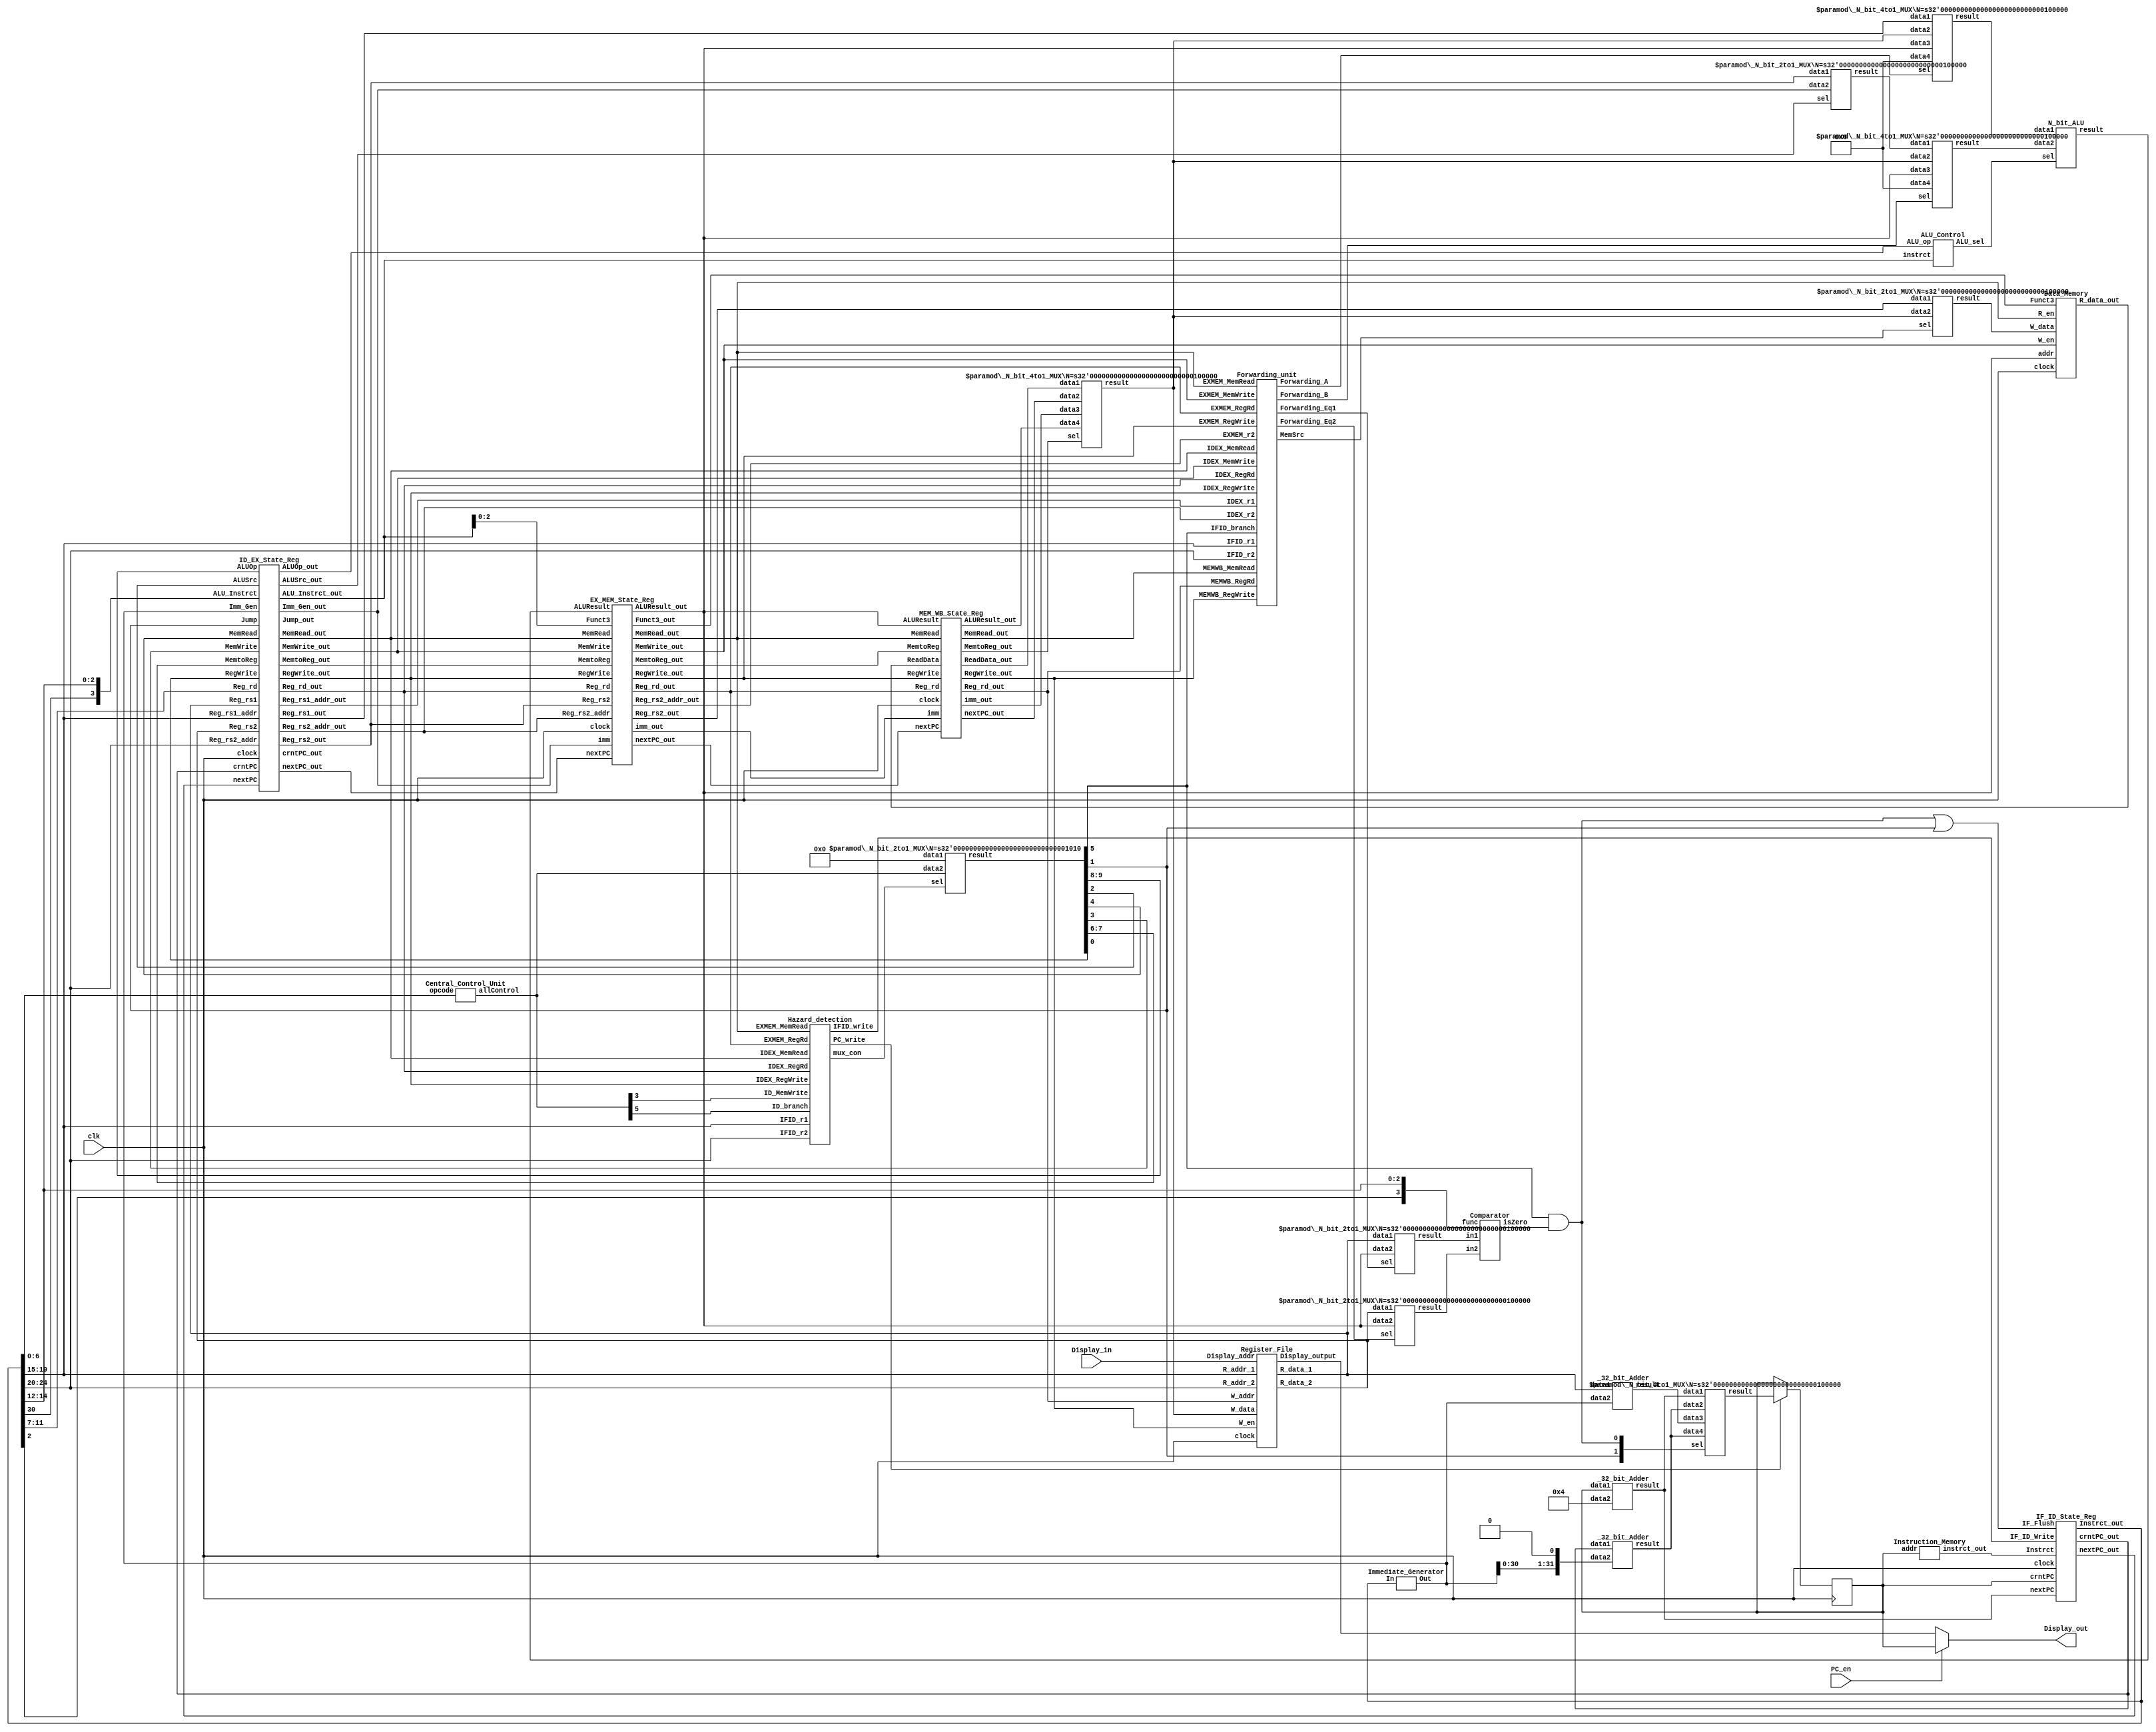
`timescale 1ns / 1ps
//////////////////////////////////////////////////////////////////////////////////
// Company: UMJI
// 
// Design Name: CPU
// Module Name: Pipeline_Plus
// Project Name: Lab05 Pipeline Processor (Hazard Resolved)
// Target Devices: FPGA Basys3
// Tool Versions: 
// Description: 
// 
// Dependencies: 
// 
// Revision:
// Revision 0.01 - File Created
// Additional Comments:
// 
//////////////////////////////////////////////////////////////////////////////////

module Pipeline_Plus(
    input                    clk, PC_en,
    input       [4:0]        Display_in,
    output reg  [31:0]       Display_out
);

    wire        [31:0]          Instrct, Imm, Imm_shift, data_1, data_2, MUX_ALU, loadPC, W_data, Add_1, Add_2, Add_3;
    wire        [31:0]          ALUResult, Read_Mem, JumpTo, ALUInput1, ALUInput2;
    wire        [31:0]          IF_ID_nextPC, IF_ID_crntPC, IF_ID_Instrct, Display_RF;
    wire        [31:0]          ID_EX_nextPC, ID_EX_crntPC, ID_EX_data_1, ID_EX_data_2, ID_EX_Imm, EX_MEM_Imm, MEM_WB_Imm;
    wire        [31:0]          EX_MEM_nextPC, EX_MEM_JumpTo, EX_MEM_ALUResult, EX_MEM_data_2, mem_write_content;
    wire        [31:0]          MEM_WB_nextPC, MEM_WB_Read_Mem, MEM_WB_ALUResult;
    wire        [31:0]          mux2_out, mux3_out; //NewBug_18
    wire        [4:0]           ID_EX_Reg_rd, ID_EX_Rs1_Addr, ID_EX_Rs2_Addr, EX_MEM_Rs2_Addr, EX_MEM_Reg_rd, MEM_WB_Reg_rd;
    wire        [3:0]           ALUControl, ID_EX_ALUInstrct;
    wire        [2:0]           EX_MEM_Funct3;
    wire        [1:0]           ALUOp, MemtoReg, ID_EX_ALUOp, ID_EX_MemtoReg, EX_MEM_MemtoReg, MEM_WB_MemtoReg;
    wire                        Branch, isBranch, MemRead, MemWrite, ALUSrc, isJump, RegWrite, isZero;
    wire                        IF_Flush, ID_EX_MemRead, ID_EX_MemWrite, ID_EX_ALUSrc, ID_EX_isJump, ID_EX_RegWrite;
    wire                        EX_MEM_Branch, EX_MEM_MemRead, EX_MEM_MemWrite, EX_MEM_RegWrite, MEM_WB_RegWrite, MEM_WB_MemRead;
    wire                        PC_write, IFID_write, mux_con, Forward_MemSrc; 
    wire        [1:0]           ForwardA, ForwardB; //Bug_03
    wire                        Forward_Eq1, Forward_Eq2;
    wire        [9:0]           allControlIn, allControlOut;
    reg         [31:0]          PC;
    
    initial PC = 0;   
      
    assign Imm_shift = {Imm[30:0],1'b0}; //NewBug_22
//  allControl = {ALUOp, MemtoReg, Branch, MemRead, MemWrite, ALUSrc, Jump, RegWrite}
    assign RegWrite = allControlOut[0];
    assign isJump   = allControlOut[1]; //Bug_11
    assign ALUSrc   = allControlOut[2];
    assign MemWrite = allControlOut[3];
    assign MemRead  = allControlOut[4];
    assign Branch   = allControlOut[5];
    assign MemtoReg = allControlOut[7:6];
    assign ALUOp    = allControlOut[9:8];
    
    always @ (posedge clk) 
        if (PC_write == 1'b1) PC <= loadPC;
        
    always @ (*) 
        if (PC_en == 1'b1) Display_out <= PC;
        else Display_out <= Display_RF;
    
    
    Hazard_detection HD (
        .IFID_r1 (IF_ID_Instrct[19:15]),
        .IFID_r2 (IF_ID_Instrct[24:20]),
//      .IDEX_r2 (ID_EX_Rs2_Addr), //NewBug_10
        .IDEX_RegRd (ID_EX_Reg_rd),
        .EXMEM_RegRd (EX_MEM_Reg_rd),
        .IDEX_MemRead (ID_EX_MemRead),
        .EXMEM_MemRead (EX_MEM_MemRead),
        .ID_branch (allControlIn[5]), //NewBug_17
        .ID_MemWrite (allControlIn[3]), //NewBug_17
        .IDEX_RegWrite (ID_EX_RegWrite), //NewBug_17
        .PC_write (PC_write),
        .IFID_write (IFID_write),
        .mux_con (mux_con)
    );
    
    Forwarding_unit FU (
        .IDEX_r1 (ID_EX_Rs1_Addr),
        .IDEX_r2 (ID_EX_Rs2_Addr),
        .IFID_r1 (IF_ID_Instrct[19:15]),
        .IFID_r2 (IF_ID_Instrct[24:20]),
        .EXMEM_r2 (EX_MEM_Rs2_Addr),
        .MEMWB_RegRd (MEM_WB_Reg_rd),
        .EXMEM_RegRd (EX_MEM_Reg_rd),
        .IDEX_RegRd (ID_EX_Reg_rd),
        .MEMWB_RegWrite (MEM_WB_RegWrite),
        .EXMEM_RegWrite (EX_MEM_RegWrite),
        .EXMEM_MemWrite (EX_MEM_MemWrite),
        .MEMWB_MemRead (MEM_WB_MemRead),
        .EXMEM_MemRead (EX_MEM_MemRead),
        .IDEX_MemRead (ID_EX_MemRead),
        .IDEX_MemWrite (ID_EX_MemWrite),
        .IDEX_RegWrite (ID_EX_RegWrite),
        .IFID_branch (Branch),
        .Forwarding_A (ForwardA),
        .Forwarding_B (ForwardB),
        .Forwarding_Eq1 (Forward_Eq1),
        .Forwarding_Eq2 (Forward_Eq2),
        .MemSrc (Forward_MemSrc)
    );
    
    Instruction_Memory IM (
        .instrct_out (Instrct),
        .addr (PC)
    );
    Central_Control_Unit CU (
        .opcode (IF_ID_Instrct[6:0]),
        .allControl (allControlIn)
    );
    Register_File RF (
        .clock (clk),
        .W_en (MEM_WB_RegWrite),
        .W_data (W_data),
        .R_addr_1 (IF_ID_Instrct[19:15]),
        .R_addr_2 (IF_ID_Instrct[24:20]),
        .Display_addr (Display_in),
        .W_addr (MEM_WB_Reg_rd),
        .R_data_1 (data_1),
        .R_data_2 (data_2),
        .Display_output (Display_RF)
    );
    Comparator cmp (
        .func ({IF_ID_Instrct[2], IF_ID_Instrct[14:12]}),
        .in1 (mux2_out),
        .in2 (mux3_out),
        .isZero (isZero)
    );
    Immediate_Generator ImmGen (
        .In (IF_ID_Instrct),
        .Out (Imm)
    );
    N_bit_ALU ALU (     
        .data1 (ALUInput1),
        .data2 (ALUInput2),
        .sel (ALUControl),
        .result (ALUResult)
    ); 
    ALU_Control ALU_Ctrl (
        .ALU_op (ID_EX_ALUOp),
        .instrct (ID_EX_ALUInstrct),
        .ALU_sel (ALUControl)
    );
    Data_Memory DM (
        .clock (clk),
        .W_en (EX_MEM_MemWrite),
        .R_en (EX_MEM_MemRead),
        .Funct3 (EX_MEM_Funct3),
        .addr (EX_MEM_ALUResult),
        .W_data (mem_write_content), //NewBug_15
        .R_data_out (Read_Mem)        
    );
    
    IF_ID_State_Reg IF_ID (
        .clock (clk),
        .IF_Flush (IF_Flush),
        .IF_ID_Write (IFID_write),
        .crntPC (PC),
        .nextPC (Add_1),
        .Instrct (Instrct),
        .crntPC_out (IF_ID_crntPC),
        .nextPC_out (IF_ID_nextPC),
        .Instrct_out (IF_ID_Instrct)
    );
    ID_EX_State_Reg ID_EX (
        .clock (clk),
        .RegWrite (RegWrite),
        .MemtoReg (MemtoReg),
        .MemRead (MemRead),
        .MemWrite (MemWrite),
        .Jump (isJump),
        .ALUSrc (ALUSrc),
        .ALUOp (ALUOp),
        .crntPC (IF_ID_crntPC),
        .nextPC (IF_ID_nextPC),
        .Reg_rs1 (data_1),
        .Reg_rs2 (data_2),
        .Reg_rs1_addr (IF_ID_Instrct[19:15]),
        .Reg_rs2_addr (IF_ID_Instrct[24:20]),
        .Imm_Gen (Imm),
        .Reg_rd (IF_ID_Instrct[11:7]),
        .ALU_Instrct ({IF_ID_Instrct[30],IF_ID_Instrct[14:12]}),
        .RegWrite_out (ID_EX_RegWrite),
        .MemtoReg_out (ID_EX_MemtoReg),
        .MemRead_out (ID_EX_MemRead),
        .MemWrite_out (ID_EX_MemWrite),
        .Jump_out (ID_EX_isJump),
        .ALUSrc_out (ID_EX_ALUSrc),
        .ALUOp_out (ID_EX_ALUOp),
        .crntPC_out (ID_EX_crntPC),
        .nextPC_out (ID_EX_nextPC),
        .Reg_rs1_out (ID_EX_data_1),
        .Reg_rs2_out (ID_EX_data_2),
        .Reg_rs1_addr_out (ID_EX_Rs1_Addr),
        .Reg_rs2_addr_out (ID_EX_Rs2_Addr),
        .Imm_Gen_out (ID_EX_Imm),
        .Reg_rd_out (ID_EX_Reg_rd),
        .ALU_Instrct_out (ID_EX_ALUInstrct)
    );
    EX_MEM_State_Reg EX_MEM (
        .clock (clk),
        .RegWrite (ID_EX_RegWrite),
        .MemtoReg (ID_EX_MemtoReg),
        .MemRead (ID_EX_MemRead),
        .MemWrite (ID_EX_MemWrite),
        .imm (ID_EX_Imm),
        .nextPC (ID_EX_nextPC),
        .ALUResult (ALUResult),
        .Reg_rs2 (ID_EX_data_2),
        .Funct3 (ID_EX_ALUInstrct[2:0]),
        .Reg_rd (ID_EX_Reg_rd),
        .Reg_rs2_addr (ID_EX_Rs2_Addr),
        .RegWrite_out (EX_MEM_RegWrite),
        .MemtoReg_out (EX_MEM_MemtoReg),
        .MemRead_out (EX_MEM_MemRead),
        .MemWrite_out (EX_MEM_MemWrite),
        .imm_out (EX_MEM_Imm),
        .nextPC_out (EX_MEM_nextPC),
        .ALUResult_out (EX_MEM_ALUResult),
        .Reg_rs2_out (EX_MEM_data_2),
        .Funct3_out (EX_MEM_Funct3),
        .Reg_rd_out (EX_MEM_Reg_rd),
        .Reg_rs2_addr_out (EX_MEM_Rs2_Addr)
    );
    MEM_WB_State_Reg MEM_WB (
        .clock (clk),
        .MemRead (EX_MEM_MemRead),
        .RegWrite (EX_MEM_RegWrite),
        .MemtoReg (EX_MEM_MemtoReg),
        .imm (EX_MEM_Imm),
        .nextPC (EX_MEM_nextPC),
        .ReadData (Read_Mem),
        .ALUResult (EX_MEM_ALUResult),
        .Reg_rd (EX_MEM_Reg_rd),
        .MemRead_out (MEM_WB_MemRead),
        .RegWrite_out (MEM_WB_RegWrite),
        .MemtoReg_out (MEM_WB_MemtoReg),
        .imm_out (MEM_WB_Imm),
        .nextPC_out (MEM_WB_nextPC),
        .ReadData_out (MEM_WB_Read_Mem),
        .ALUResult_out (MEM_WB_ALUResult),
        .Reg_rd_out (MEM_WB_Reg_rd)
    );
    
    //Mux: Input_1, Input_2, (Input_3, Input_4,) Select, Output.
    _N_bit_4to1_MUX #(.N(32)) Mux_1(.data1(Add_1), .data2(Add_2), .data3(Add_3), .data4(Add_2),
                                    .sel({isJump,isBranch}), .result(loadPC)); //NewBug_12
    _N_bit_2to1_MUX #(.N(32)) Mux_2(.data1(data_1), .data2(EX_MEM_ALUResult), .sel(Forward_Eq1), .result(mux2_out)); 
    _N_bit_2to1_MUX #(.N(32)) Mux_3(.data1(data_2), .data2(EX_MEM_ALUResult), .sel(Forward_Eq2), .result(mux3_out));
    _N_bit_4to1_MUX #(.N(32)) Mux_4(.data1(MEM_WB_Read_Mem), .data2(MEM_WB_nextPC), .data3(MEM_WB_Imm), .data4(MEM_WB_ALUResult),
                                    .sel(MEM_WB_MemtoReg), .result(W_data));
    _N_bit_2to1_MUX #(.N(10)) Mux_5(.data1(10'b0000000000), .data2(allControlIn), .sel(mux_con), .result(allControlOut)); //Bug_10
    _N_bit_4to1_MUX #(.N(32)) Mux_6(.data1(ID_EX_data_1), .data2(W_data), .data3(EX_MEM_ALUResult), .data4(0),
                                    .sel(ForwardA), .result(ALUInput1));
    _N_bit_4to1_MUX #(.N(32)) Mux_7(.data1(MUX_ALU), .data2(W_data), .data3(EX_MEM_ALUResult), .data4(0),
                                    .sel(ForwardB), .result(ALUInput2)); 
    _N_bit_2to1_MUX #(.N(32)) Mux_8(.data1(EX_MEM_data_2), .data2(W_data), .sel(Forward_MemSrc), .result(mem_write_content)); //NewBug_14
    _N_bit_2to1_MUX #(.N(32)) Mux_9(.data1(ID_EX_data_2), .data2(ID_EX_Imm), .sel(ID_EX_ALUSrc), .result(MUX_ALU)); //NewBug_11

    //Adder: Input_1, Input_2, Output.
    _32_bit_Adder Adder_1(.data1(PC), .data2(32'h00000004), .result(Add_1)); //PC+4
    _32_bit_Adder Adder_2(.data1(IF_ID_crntPC), .data2(Imm_shift), .result(Add_2)); //PC+Imm //NewBug_21
    _32_bit_Adder Adder_3(.data1(data_1), .data2(Imm), .result(Add_3)); //Addr+Imm //To_Be_Modified
    
    and (isBranch, Branch, isZero); 
    or  (IF_Flush, isBranch, isJump); //NewBug_19
    
endmodule

module Hazard_detection
(
    input [4:0] IFID_r1,
    input [4:0] IFID_r2,
    
//  input [4:0] IDEX_r2, //NewBug_10
    input [4:0] IDEX_RegRd,
    input [4:0] EXMEM_RegRd,
    
    input IDEX_MemRead,
    input EXMEM_MemRead,
    
    input ID_branch,
    input ID_MemWrite,
    input IDEX_RegWrite,

    output reg PC_write, IFID_write, mux_con 
    );

    initial begin
        PC_write=1'b1; IFID_write=1'b1; mux_con=1'b1;
    end

    always @(*) begin //NewBug_09 in here
        if (IDEX_MemRead && !ID_MemWrite) begin
            if (IDEX_RegRd == IFID_r1 || IDEX_RegRd == IFID_r2) begin
                PC_write=1'b0; IFID_write=1'b0; mux_con=1'b0;
            end
            else begin
                PC_write=1'b1; IFID_write=1'b1; mux_con=1'b1;
            end  
        end
        else if (ID_branch && IDEX_RegWrite) begin
            if ((IDEX_RegRd!=0) && (IFID_r1 == IDEX_RegRd || IFID_r2 == IDEX_RegRd)) begin
                PC_write=1'b0; IFID_write=1'b0; mux_con=1'b0;
            end
            else begin
                PC_write=1'b1; IFID_write=1'b1; mux_con=1'b1;
            end  
        end
        else if (ID_branch && EXMEM_MemRead) begin
            if ((EXMEM_RegRd!=0) && (IFID_r1 == EXMEM_RegRd || IFID_r2 == EXMEM_RegRd)) begin
                PC_write=1'b0; IFID_write=1'b0; mux_con=1'b0;
            end
            else begin
                PC_write=1'b1; IFID_write=1'b1; mux_con=1'b1;
            end  
        end
        else begin
            PC_write=1'b1; IFID_write=1'b1; mux_con=1'b1;
        end
    end
endmodule

module Forwarding_unit
(
    input [4:0] IDEX_r1,
    input [4:0] IDEX_r2,
    input [4:0] IFID_r1,
    input [4:0] IFID_r2,
    input [4:0] EXMEM_r2, //New_Bug_05
    
    input [4:0] MEMWB_RegRd,
    input [4:0] EXMEM_RegRd,
    input [4:0] IDEX_RegRd,
    
    input MEMWB_RegWrite, 
    input EXMEM_RegWrite,
    input EXMEM_MemWrite,

    input EXMEM_MemRead,
    input MEMWB_MemRead,
    
    input IDEX_MemRead,
    input IDEX_MemWrite,
    input IDEX_RegWrite,
    input IFID_branch,
    
    output reg [1:0] Forwarding_A,
    output reg [1:0] Forwarding_B,
    output reg Forwarding_Eq1,
    output reg Forwarding_Eq2,
    output reg MemSrc
    );
    
    initial begin
        Forwarding_A = 2'b00;
        Forwarding_B = 2'b00;
        Forwarding_Eq1 = 1'b0;
        Forwarding_Eq2 = 1'b0;
        MemSrc = 1'b0; //NewBug_08
    end
    
    always @(*) begin
    //ForwardingA
        //EX
        if (EXMEM_RegWrite && (EXMEM_RegRd!=0) && EXMEM_RegRd == IDEX_r1 && !EXMEM_MemRead && !IDEX_MemRead && !IDEX_MemWrite) //NewBug_16
            Forwarding_A = 2'b10;
        //MEM
        else if (MEMWB_RegWrite && (MEMWB_RegRd!=0) && MEMWB_RegRd == IDEX_r1)
            Forwarding_A = 2'b01;
        else
            Forwarding_A = 2'b00;
    
    //ForwardingB
         //EX
        if (EXMEM_RegWrite && (EXMEM_RegRd!=0) && EXMEM_RegRd == IDEX_r2 && !EXMEM_MemRead && !IDEX_MemRead && !IDEX_MemWrite) //NewBug_06
            Forwarding_B = 2'b10;
         //MEM
        else if (MEMWB_RegWrite && (MEMWB_RegRd!=0) && MEMWB_RegRd == IDEX_r2) 
            Forwarding_B = 2'b01;
        else
            Forwarding_B = 2'b00;
   
    //Memsrc
        if (MEMWB_RegRd == EXMEM_r2 && EXMEM_MemWrite) //NewBug_03
            MemSrc = 1'b1;
        else
            MemSrc = 1'b0;

    //ForwardingEq
        if (EXMEM_RegWrite && (EXMEM_RegRd!=0) && EXMEM_RegRd == IFID_r1 && IFID_branch)
            Forwarding_Eq1 = 1'b1;
        else
            Forwarding_Eq1 = 1'b0;
        
        if (EXMEM_RegWrite && (EXMEM_RegRd!=0) && EXMEM_RegRd == IFID_r2 && IFID_branch)
            Forwarding_Eq2 = 1'b1; //NewBug_07
        else
            Forwarding_Eq2 = 1'b0; //NewBug_07

    end

endmodule

module Register_File #
(
    parameter width = 32,
    parameter addr_width = 5,
    parameter reg_rows = 2 ** addr_width
)
(
    input                           clock, W_en,
    input       [width-1:0]         W_data,
    input       [addr_width-1:0]    R_addr_1, R_addr_2, W_addr,
    input       [addr_width-1:0]    Display_addr,
    output      [width-1:0]         R_data_1, R_data_2,
    output      [width-1:0]         Display_output
);
    reg         [width-1:0]         data  [reg_rows-1:0];
    
    integer i;
    initial begin  
        for(i=0; i<32; i=i+1)  
            data[i] <= 0;
    end 
    
    always @ (negedge clock) begin
        if (W_en && W_addr!= 0) begin
            data[W_addr] = W_data;
        end  
    end
     
    assign R_data_1 = data[R_addr_1];
    assign R_data_2 = data[R_addr_2]; 
    assign Display_output = data[Display_addr]; 
    
endmodule

module Comparator #
(
    parameter SUB_BEQ = 4'b0000, parameter SUB_NEQ = 4'b0001,
    parameter SUB_BLT = 4'b0100, parameter SUB_BGE = 4'b0101
)
(
    input       [3:0]           func,
    input       [31:0]          in1, in2,
    output reg                  isZero
);
    initial isZero = 1'b1;
    always @ (*) begin
        case (func)
                SUB_BEQ: isZero = (in1==in2)?1'b1:1'b0;
                SUB_NEQ: isZero = (in1==in2)?1'b0:1'b1;
                SUB_BLT: isZero = ($signed(in1) < $signed(in2))?1'b1:1'b0; //NewBug_02
                SUB_BGE: isZero = ($signed(in1) < $signed(in2))?1'b0:1'b1; //NewBug_02
                default: isZero = 1'b1;
        endcase
    end
endmodule

module N_bit_ALU #
(
    parameter N = 32,
    parameter ADD = 4'b0010, parameter SUB = 4'b1000, parameter SUB_NEQ = 4'b1001,
    parameter XOR = 4'b0100, parameter  OR = 4'b0110, parameter AND = 4'b0111, parameter SUB_BLT = 4'b1100,
    parameter SLL = 4'b0001, parameter SRL = 4'b0101, parameter SRA = 4'b1101, parameter SUB_BGE = 4'b1110
)
(
    input       [3:0]           sel,
    input       [N-1:0]         data1, data2,
    output reg  [N-1:0]         result
);

    always @ (*) begin
        case (sel)
            ADD:    result =  data1 + data2; //add
            SUB,SUB_NEQ: 
                    result =  data1 - data2; //sub //NewBug_01
            XOR:    result =  data1 ^ data2; //xor
             OR:    result =  data1 | data2; //or
            AND:    result =  data1 & data2; //and
            SLL:    result =  data1 <<data2; //sll
            SRL:    result =  data1 >>data2; //srl
            SRA:    result =  $signed(($signed(data1))>>>data2); //sra
            default:begin result = 0; end
        endcase
    end
endmodule

module ALU_Control 
(
    input       [1:0]         ALU_op,
    input       [3:0]         instrct,
    output reg  [3:0]         ALU_sel 
);
    
    always @ (*) begin
        case (ALU_op)
            2'b00:  begin
                        ALU_sel = 4'b0010; //Addition
                    end
            2'b01:  begin
                        if (instrct[2:0] == 3'b101) begin ALU_sel = 4'b1110; end //bge
                        else begin ALU_sel = {1'b1, instrct[2:0]}; end //beq,bne,blt
                    end
            2'b10:  begin
                        if (instrct == 0) begin ALU_sel = 4'b0010; end //add
                        else begin ALU_sel = instrct; end //sub,and,or,xor,sll,srl,sra
                    end
            2'b11:  begin
                        if (instrct[2:0] == 0) begin ALU_sel = 4'b0010; end //addi
                        else begin ALU_sel = {1'b0, instrct[2:0]}; end //andi,slli,srli
                    end
            default:ALU_sel = 4'b0000;
        endcase
    end
endmodule

module _32_bit_Adder
(
    input       [31:0]          data1, data2,
    output reg  [31:0]          result
);
    
    always @ (*) begin
        result = data1 + data2;
    end
endmodule

module Immediate_Generator 
(
    input       [31:0]          In,
    output reg  [31:0]          Out
);

    always @ (*) begin
        case (In[6:0])
            7'b0000011: begin Out = {{20{In[31]}}, In[31:20]}; end //I-type: lw
            7'b0001111: begin Out = {{20{In[31]}}, In[31:20]}; end //I-type: fence
            7'b0010011: begin Out = {{20{In[31]}}, In[31:20]}; end //I-type: addi
            7'b0010111: begin Out = {In[31:12], {12{1'b0}}}; end //U-type: auipc
            7'b0100011: begin Out = {{20{In[31]}}, In[31:25], In[11:7]}; end //S-type: sw
            7'b0110111: begin Out = {In[31:12], {12{1'b0}}}; end //U-type: lui
            7'b1100011: begin Out = {{21{In[31]}}, In[7], In[30:25], In[11:8]}; end //B-type: beq, bne
            7'b1100111: begin Out = {{20{In[31]}}, In[31:20]}; end //I-type: jalr
            7'b1101111: begin Out = {{21{In[31]}}, In[19:12], In[20], In[30:21]}; end //J-type: jal
            7'b1110011: begin Out = {{20{In[31]}}, In[31:20]}; end //I-type: ecall
            default:    begin Out[31:0]  = 0; end
        endcase
    end 
endmodule

module Central_Control_Unit 
(
    input       [6:0]           opcode,
    
    output reg  [9:0]           allControl
//  output reg  [1:0]           ALUOp, MemtoReg, //MemtoReg to select among ALUResult, DataMemo, and PC+4.
//  output reg                  Branch, MemRead, MemWrite, ALUSrc, Jump, RegWrite //Jump for jalr.
);

    initial begin //Bug_09
        allControl <= 0;
    end

//  allControl = {ALUOp, MemtoReg, Branch, MemRead, MemWrite, ALUSrc, Jump, RegWrite}
    always @ (opcode) begin //NewBug_13 about MemtoReg
        case (opcode)
        //I-type,load
            7'b0000011: begin allControl[5] <= 0; allControl[2] <= 1; allControl[9:8] <= 2'b00; allControl[3] <= 0; allControl[4] <= 1; allControl[7:6] <= 2'b00; allControl[1] <= 0; allControl[0] <= 1; end 
//          7'b0001111: 
        //I-type,Imm
            7'b0010011: begin allControl[5] <= 0; allControl[2] <= 1; allControl[9:8] <= 2'b11; allControl[3] <= 0; allControl[4] <= 0; allControl[7:6] <= 2'b11; allControl[1] <= 0; allControl[0] <= 1; end 
//          7'b0010111: 
        //S-type,save
            7'b0100011: begin allControl[5] <= 0; allControl[2] <= 1; allControl[9:8] <= 2'b00; allControl[3] <= 1; allControl[4] <= 0; allControl[7:6] <= 2'b11; allControl[1] <= 0; allControl[0] <= 0; end 
//          7'b0110111: 
        //B-type,brnch
            7'b1100011: begin allControl[5] <= 1; allControl[2] <= 0; allControl[9:8] <= 2'b01; allControl[3] <= 0; allControl[4] <= 0; allControl[7:6] <= 2'b11; allControl[1] <= 0; allControl[0] <= 0; end 
        //I-type,jalr
            7'b1100111: begin allControl[5] <= 0; allControl[2] <= 1; allControl[9:8] <= 2'b00; allControl[3] <= 0; allControl[4] <= 0; allControl[7:6] <= 2'b01; allControl[1] <= 1; allControl[0] <= 1; end 
        //J-type,jal
            7'b1101111: begin allControl[5] <= 1; allControl[2] <= 1; allControl[9:8] <= 2'b00; allControl[3] <= 0; allControl[4] <= 0; allControl[7:6] <= 2'b01; allControl[1] <= 1; allControl[0] <= 1; end 
//          7'b1110011: 
        //R-type,calc
            7'b0110011: begin allControl[5] <= 0; allControl[2] <= 0; allControl[9:8] <= 2'b10; allControl[3] <= 0; allControl[4] <= 0; allControl[7:6] <= 2'b11; allControl[1] <= 0; allControl[0] <= 1; end 
            default:    begin allControl    <= 0; end
        endcase
    end
endmodule

module _N_bit_2to1_MUX #
(
    parameter   N = 32
)
(
    input                       sel,
    input       [N-1:0]         data1, data2,
    output reg  [N-1:0]         result
);

    always @ (*) begin
        case (sel)
            1'b0:   result = data1;
            1'b1:   result = data2;
            default:    result = 0;
        endcase
    end
endmodule

module _N_bit_4to1_MUX #
(
    parameter   N = 32
)
(
    input       [1:0]           sel,
    input       [N-1:0]         data1, data2, data3, data4,
    output reg  [N-1:0]         result
);

    always @ (*) begin
        case (sel)
            2'b00:   result = data1;
            2'b01:   result = data2;
            2'b10:   result = data3;
            2'b11:   result = data4;
            default:    result = 0;
        endcase
    end
endmodule

module Instruction_Memory #
(
    parameter N = 32,
    parameter reg_rows = 32
)(
    input       [N-1:0]         addr,
    output reg  [N-1:0]         instrct_out
);
    reg         [N-1:0]         Instruction [reg_rows-1:0];
   
    initial begin
        Instruction[0] <= 32'b00111001100100000000001100010011;
        Instruction[1] <= 32'b00000000011000000010001000100011;
        Instruction[2] <= 32'b00000000010000000000001010000011;
        Instruction[3] <= 32'b00000000010100000010000000100011;
        Instruction[4] <= 32'b00000010000000110000000001100011;
        Instruction[5] <= 32'b00000000000000000010111000000011;
        Instruction[6] <= 32'b00000001110000101001110001100011;
        Instruction[7] <= 32'b00000001110000101000001110110011;
        Instruction[8] <= 32'b00000001110000111111001100110011;
        Instruction[9] <= 32'b00000000000000111111001100010011;
        Instruction[10] <= 32'b01000000000000110000001010110011;
        Instruction[11] <= 32'b00000000011000101101010001100011;
        Instruction[12] <= 32'b00000000000000000000001110110011;
        Instruction[13] <= 32'b00000000110000000000000011101111;
        Instruction[14] <= 32'b00000001010000000000000011101111;
        Instruction[15] <= 32'b00000000000000000000111000110011;
        Instruction[16] <= 32'b00000000011111100110111000110011;
        Instruction[17] <= 32'b00000000000000001000000001100111;
        Instruction[18] <= 32'b00000100100000000000001100010011;
        Instruction[19] <= 32'b00000000000000000000000000110011;
        Instruction[20] <= 32'b00000000000000000000000000110011;
        Instruction[21] <= 32'b00000000000000000000000000110011;
        Instruction[22] <= 32'b00000000000000000000000000110011;
        Instruction[23] <= 32'b00000000000000000000000000110011;
        Instruction[24] <= 32'b00000000000000000000000000110011;
        Instruction[25] <= 32'b00000000000000000000000000110011;
        Instruction[26] <= 32'b00000000000000000000000000110011;
        Instruction[27] <= 32'b00000000000000000000000000110011;
        Instruction[28] <= 32'b00000000000000000000000000110011;
        Instruction[29] <= 32'b00000000000000000000000000110011;
    end   
    always @ (*) begin
        instrct_out = Instruction[(addr>>2)];
    end
endmodule

module Data_Memory #
(
    parameter N = 32, parameter LSW = 3'b010, parameter LSH = 3'b001, parameter LSB = 3'b000, parameter LBU = 3'b100,
    parameter reg_rows = 32'h00000010
)
(
    input                       clock,
    input                       W_en, R_en,
    input       [2:0]           Funct3,
    input       [N-1:0]         addr, W_data,
    output reg  [N-1:0]         R_data_out
);
    reg         [7:0]           data[reg_rows-1:0];
    
    //Write to Data Memory
    always @ (negedge clock) begin
        if (W_en) begin
            case (Funct3)
                LSW: begin //save word
                    data[addr] <= W_data[7:0]; data[addr+1] <= W_data[15:8]; data[addr+2] <= W_data[23:16]; data[addr+3] <= W_data[31:24]; 
                end
                LSH: begin //save half word 
                    data[addr] <= W_data[7:0]; data[addr+1] <= W_data[15:8]; 
                end 
                LSB: begin //save byte
                    data[addr] <= W_data[7:0];
                end
                default: data[addr] <= data[addr];
            endcase
        end
    end
    //Read from Data Memory
    always @ (*) begin    
        if (R_en) begin
            case (Funct3)
                LSW: begin //load word
                    R_data_out <= {data[addr+3], data[addr+2], data[addr+1], data[addr]};
                end
                LSH: begin //load half word
                    R_data_out <= {{16{data[addr+1][7]}}, data[addr+1], data[addr]};
                end
                LSB: begin //load byte
                    R_data_out <= {{24{data[addr][7]}}, data[addr]};
                end
                LBU: begin //load byte unsigned
                    R_data_out <= {{24{1'b0}}, data[addr]};
                end
                default: R_data_out <= R_data_out;
            endcase
        end
    end
endmodule

module IF_ID_State_Reg
(
    input                   clock, IF_Flush,
    input                   IF_ID_Write,
    input       [31:0]      crntPC,
    input       [31:0]      nextPC,
    input       [31:0]      Instrct,
    output reg  [31:0]      crntPC_out,
    output reg  [31:0]      nextPC_out,
    output reg  [31:0]      Instrct_out
);

    initial begin //Bug_05
        crntPC_out = 0; nextPC_out = 0; Instrct_out = 0;
    end

    always @ (posedge clock) begin
        if (IF_Flush == 1'b1) begin //Newbug_20 is here
//          crntPC_out      <= 0;
//          nextPC_out      <= 0;
            Instrct_out     <= 0;
        end
        else if (IF_ID_Write == 1'b1) begin
            crntPC_out      <= crntPC;
            nextPC_out      <= nextPC;
            Instrct_out     <= Instrct;
        end
    end
    
endmodule

module ID_EX_State_Reg
(
    input                   clock,
    input                   RegWrite,   //WB
    input       [1:0]       MemtoReg,   //WB
    input                   MemRead,    //MEM
    input                   MemWrite,   //MEM
    input                   Jump,       //EX
    input                   ALUSrc,     //EX
    input       [1:0]       ALUOp,      //EX
    input       [31:0]      crntPC,
    input       [31:0]      nextPC,
    input       [31:0]      Reg_rs1,
    input       [31:0]      Reg_rs2,
    input       [4:0]       Reg_rs1_addr,
    input       [4:0]       Reg_rs2_addr,
    input       [31:0]      Imm_Gen,
    input       [4:0]       Reg_rd,
    input       [3:0]       ALU_Instrct,
    output reg              RegWrite_out,   //WB
    output reg  [1:0]       MemtoReg_out,   //WB
    output reg              MemRead_out,    //MEM
    output reg              MemWrite_out,   //MEM
    output reg              Jump_out,       //EX
    output reg              ALUSrc_out,     //EX
    output reg  [1:0]       ALUOp_out,      //EX
    output reg  [31:0]      crntPC_out,
    output reg  [31:0]      nextPC_out,
    output reg  [31:0]      Reg_rs1_out,
    output reg  [31:0]      Reg_rs2_out,
    output reg  [4:0]       Reg_rs1_addr_out, //Bug_01
    output reg  [4:0]       Reg_rs2_addr_out, //Bug_01
    output reg  [31:0]      Imm_Gen_out,
    output reg  [4:0]       Reg_rd_out,
    output reg  [3:0]       ALU_Instrct_out
);

    initial begin //Bug_06
        RegWrite_out = 0; MemtoReg_out = 0; MemRead_out = 0; MemWrite_out = 0; Jump_out = 0; ALUSrc_out = 0; 
        ALUOp_out = 0; crntPC_out = 0; nextPC_out = 0; Reg_rs1_out = 0; Reg_rs2_out = 0; Imm_Gen_out = 0; Reg_rd_out = 0; ALU_Instrct_out = 0;
        Reg_rs1_addr_out = 0; Reg_rs2_addr_out = 0;
    end

    always @ (posedge clock) begin
        RegWrite_out    <= RegWrite;
        MemtoReg_out    <= MemtoReg;
        MemRead_out     <= MemRead;
        MemWrite_out    <= MemWrite;
        Jump_out        <= Jump;
        ALUSrc_out      <= ALUSrc;
        ALUOp_out       <= ALUOp;
        crntPC_out      <= crntPC;
        nextPC_out      <= nextPC;
        Reg_rs1_out     <= Reg_rs1;
        Reg_rs2_out     <= Reg_rs2;
        Reg_rs1_addr_out<= Reg_rs1_addr;
        Reg_rs2_addr_out<= Reg_rs2_addr;
        Reg_rd_out      <= Reg_rd;
        Imm_Gen_out     <= Imm_Gen;
        ALU_Instrct_out <= ALU_Instrct;
    end

endmodule

module EX_MEM_State_Reg
(
    input                   clock,
    input                   RegWrite,   //WB
    input       [1:0]       MemtoReg,   //WB
    input                   MemRead,    //MEM
    input                   MemWrite,   //MEM
    input       [31:0]      imm,
    input       [31:0]      nextPC,
    input       [31:0]      ALUResult,
    input       [31:0]      Reg_rs2,
    input       [2:0]       Funct3,
    input       [4:0]       Reg_rd,
    input       [4:0]       Reg_rs2_addr, //NewBug_04
    output reg              RegWrite_out,   //WB
    output reg  [1:0]       MemtoReg_out,   //WB
    output reg              MemRead_out,    //MEM
    output reg              MemWrite_out,   //MEM
    output reg  [31:0]      imm_out,
    output reg  [31:0]      nextPC_out,
    output reg  [31:0]      ALUResult_out,
    output reg  [31:0]      Reg_rs2_out,
    output reg  [2:0]       Funct3_out,
    output reg  [4:0]       Reg_rd_out,
    output reg  [4:0]       Reg_rs2_addr_out //NewBug_04
);

    initial begin //Bug_07
        RegWrite_out = 0; MemtoReg_out = 0; MemRead_out = 0; MemWrite_out = 0; nextPC_out = 0; 
        ALUResult_out = 0; Reg_rs2_out = 0; Funct3_out = 0; Reg_rd_out = 0; imm_out = 0;
    end

    always @ (posedge clock) begin
        RegWrite_out    <= RegWrite;
        MemtoReg_out    <= MemtoReg;
        MemRead_out     <= MemRead;
        MemWrite_out    <= MemWrite;
        imm_out         <= imm;
        nextPC_out      <= nextPC;
        ALUResult_out   <= ALUResult;
        Reg_rs2_out     <= Reg_rs2;
        Funct3_out      <= Funct3;
        Reg_rd_out      <= Reg_rd;
        Reg_rs2_addr_out<= Reg_rs2_addr;
    end

endmodule

module MEM_WB_State_Reg
(
    input                   clock,
    input                   MemRead,
    input                   RegWrite,   //WB
    input       [1:0]       MemtoReg,   //WB
    input       [31:0]      imm,
    input       [31:0]      nextPC,
    input       [31:0]      ReadData,
    input       [31:0]      ALUResult,
    input       [4:0]       Reg_rd,
    output reg              MemRead_out,
    output reg              RegWrite_out,   //WB
    output reg  [1:0]       MemtoReg_out,   //WB
    output reg  [31:0]      imm_out,
    output reg  [31:0]      nextPC_out,
    output reg  [31:0]      ReadData_out,
    output reg  [31:0]      ALUResult_out,
    output reg  [4:0]       Reg_rd_out
);

    initial begin //Bug_08
        MemRead_out = 0; RegWrite_out = 0; MemtoReg_out = 0; nextPC_out = 0; ReadData_out = 0; ALUResult_out = 0; Reg_rd_out = 0; imm_out = 0;
    end

    always @ (posedge clock) begin
        MemRead_out     <= MemRead;
        RegWrite_out    <= RegWrite;
        MemtoReg_out    <= MemtoReg;
        imm_out         <= imm;
        nextPC_out      <= nextPC;
        ReadData_out    <= ReadData;
        ALUResult_out   <= ALUResult;
        Reg_rd_out      <= Reg_rd;
    end

endmodule


//Counter with CE and reset but without load
module N_bit_Counter #
(
    parameter   N = 4
)
(
    input  clock, CE, reset,
    output reg   [N-1:0]  Q
);

    always @ (posedge clock or posedge reset) begin
        if (reset == 1'b1)
            Q <= 0;
        else if (CE == 1'b1)
            Q <= Q + 1;
        else
            Q <= Q;
    end
    
endmodule

//Ring Counter with reset and CE
module Ring_Counter_4_bit
(
    input   clock, CE, reset,
    output reg  [3:0]  anode
);
    wire    [1:0]   sel;

    N_bit_Counter #(.N(2)) counter (.clock (clock), .CE (CE), .reset (reset), .Q(sel));
    always @ (posedge clock or posedge reset) begin
        if (reset == 1'b1) //When the clock is reseting, display no digits.
            anode <= 4'b1111;
        else
            case(sel)
                2'b00: anode = 4'b1110; // "1"  
                2'b01: anode = 4'b1101; // "2" 
                2'b10: anode = 4'b1011; // "3" 
                2'b11: anode = 4'b0111; // "4"
            endcase     
    end
    
endmodule

//Divide the clock by N
module Clock_divider #
(
    parameter   bit = 18, 
    parameter   N = 18'd200000 //2x10^5 in decimal number
)
(
    input       clock, CE,
    output reg    divided
);
    wire    [bit-1:0]   Q;
    
    N_bit_Counter #(.N(bit)) counter (.clock (clock), .CE (CE), .reset (divided), .Q(Q));
    always @ (posedge clock) begin
        if (Q == N)
            divided <= 1'b1;
        else
            divided <= 1'b0;
    end
    
endmodule

//Seven Segment Display Driver
module SSD_Driver 
(
    input                   clock,
    input       [3:0]       LED_in,
    output reg  [7:0]       LED_out
);

    always @(posedge clock) begin
        case(LED_in)
            4'b0000: LED_out = 8'b11000000; // "0"  
            4'b0001: LED_out = 8'b11111001; // "1" 
            4'b0010: LED_out = 8'b10100100; // "2" 
            4'b0011: LED_out = 8'b10110000; // "3" 
            4'b0100: LED_out = 8'b10011001; // "4"
            4'b0101: LED_out = 8'b10010010; // "5" 
            4'b0110: LED_out = 8'b10000010; // "6" 
            4'b0111: LED_out = 8'b11111000; // "7" 
            4'b1000: LED_out = 8'b10000000; // "8"  
            4'b1001: LED_out = 8'b10010000; // "9" 
            4'b1010: LED_out = 8'b10001000; // "A" 
            4'b1011: LED_out = 8'b10000011; // "b" 
            4'b1100: LED_out = 8'b11000110; // "C" 
            4'b1101: LED_out = 8'b10100001; // "d" 
            4'b1110: LED_out = 8'b10000110; // "E" 
            4'b1111: LED_out = 8'b10001110; // "F" 
            default: LED_out = 8'b11000000; // "0"
        endcase 
    end
    
endmodule

//4 Digit Displayer
module Digit_Displayer_4_digit
(
    input                   clock, CE, reset,
    input       [31:0]      Display_out,
    output reg  [3:0]       Q0, Q1, Q2, Q3
);
    always @ (*) begin
        Q0 = Display_out[3:0];
        Q1 = Display_out[7:4];
        Q2 = Display_out[11:8];
        Q3 = Display_out[15:12];
    end

endmodule

module Digital_Display_Block
(
    input                   clock, clk, reset, PC_en,
    input       [4:0]       Display_in,
    output      [3:0]       anode,
    output reg  [7:0]       cathode
);

    wire                ring_clock;
    wire    [3:0]       Q_L, Q_R, Q_LL, Q_RR;
    wire    [7:0]       LED_L, LED_R, LED_LL, LED_RR;
    wire    [31:0]      PC, Display_out;

    Clock_divider #(.bit(18),.N(18'd200000)) clock_divider_500Hz (.clock(clock), .CE(1'b1), .divided(ring_clock));
    Pipeline_Plus PP (.clk(clk), .PC_en(PC_en), .Display_in(Display_in), .Display_out(Display_out));
    Digit_Displayer_4_digit DD (.clock(clock), .CE(1'b1), .reset(reset), .Display_out(Display_out), .Q0(Q_RR), .Q1(Q_R), .Q2(Q_L), .Q3(Q_LL));
    
    SSD_Driver driver_RR (.clock(clock), .LED_in(Q_RR), .LED_out(LED_RR));
    SSD_Driver driver_R  (.clock(clock), .LED_in(Q_R),  .LED_out(LED_R));
    SSD_Driver driver_L  (.clock(clock), .LED_in(Q_L),  .LED_out(LED_L));
    SSD_Driver driver_LL (.clock(clock), .LED_in(Q_LL), .LED_out(LED_LL));
    Ring_Counter_4_bit ring_counter (.clock(ring_clock), .CE(1'b1), .reset(reset), .anode(anode));
    //Tri-state buffer or MUX to control cathode
    always @ (*) begin //DO NOT connect ring_clock here! Because you don't need a flip-flop here!
        case(anode)
             4'b1110: cathode = LED_RR; // ones  
             4'b1101: cathode = LED_R;  // tens
             4'b1011: cathode = LED_L;  // hundreds
             4'b0111: cathode = LED_LL; // thousands
             default: cathode = 8'b11111111; // others
        endcase
    end
    
endmodule